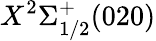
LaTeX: X^{2}\Sigma_{1/2}^{+}(020)